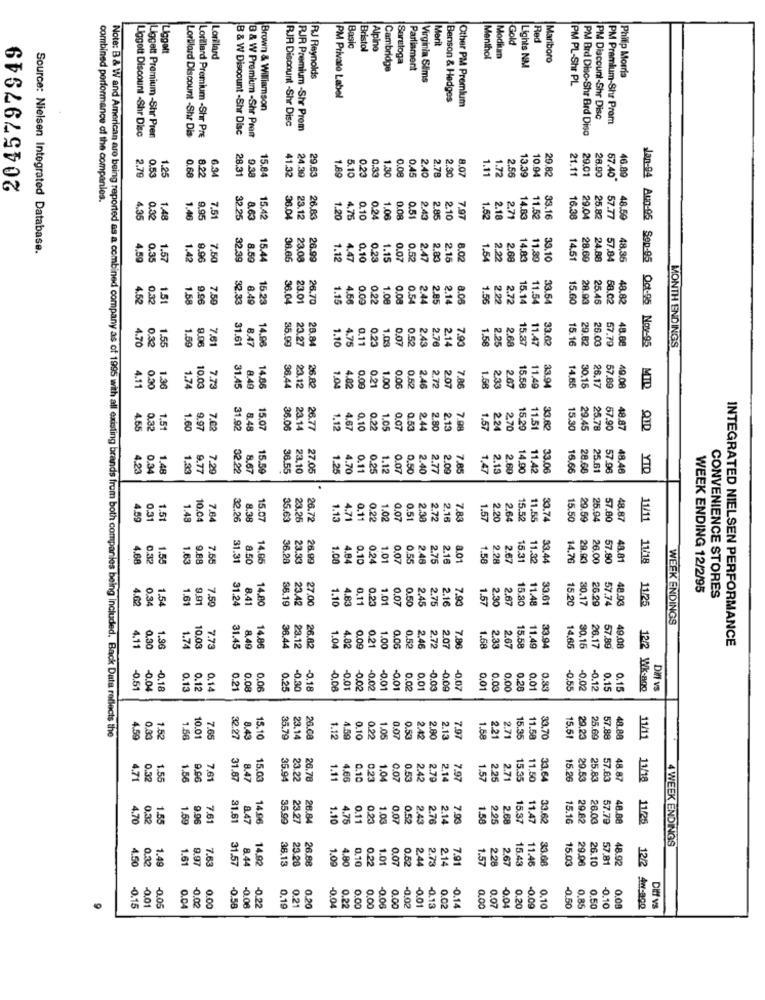
2045797949
Merit
Gold
Red
Liggett
Basic
Bristol
Alpine
Lorillard
Saratoga
Menthol
Modium
Lights NM
Mariboro
Cambridge
Parliament
Philip Morris
RJ Reynolds
Virginia Slims
PM PL-Shr PL
PM Privato Label
Benson & Hedges
Other PM Premium
Brown & Williamson
PM Discount-Shr Disc
PM Premium-Shr Prom
Liggott Discount -Shr Disc
B & W Discount -Shr Disc
B & W Premium -Shr Pren
RJR Discount -Shr Disc
RJR Premium -Shr Prom
PM Brd Disc-Shr Brd Diso
Liggett Premium -Shr Pren
Lorbilard Discount -Shr Dis
Lorillard Premium -Shr Pre
2.70
0.53
1.25
0.68
8.22
6.34
15.84
41.32
29.63
0.45
2.40
2.79
2.3
8.07
1.11
1.72
2.56
13.39
10.94
29.82
21.11
9.38
1.69
5.10
0.23
0.33
1.30
0.08
29.01
28.90
57.40
46.89
combined performance of the companies.
8.63
2.18
4.35
0.32
1.48
1.46
9,95
7,51
36.04
1.20
4.75
0.10
0.24
1.06
0.08
0.51
2.43
2.85
2.10
7.97
1.52
2.71
14.83
11.52
33.16
57.77
48.59
Source: Nielsen Integrated Database.
0.35
1.57
1.42
9.96
7.50
32.39
8.59
38.66
23.08
26.99
1.12
4.47
0.10
0.23
1.15
0.07
0.52
2.47
2.83
2.15
8.02
1.54
220
2.68
14.03
11,89
33.10
14.51
24,88
57.84
48,35
4.52
0.33
1.51
1.58
9,96
7.50
23.01
1.15
4.56
0.00
0.22
1.08
0,08
0.54
2.44
2.85
2.14
8.05
1.56
2.22
2.72
15.14
11.54
15.60
28.93
58.02
48.82
4.70
1.55
1.59
9.06
7.61
31.61
8.47
14.96
35.99
23.27
28.84
1.10
4.75
0.11
0.2.
1.03
0.07
0.52
2.43
2.76
2.14
7.90
1.58
2.25
2.68
15.37
11.47
33.62
15.16
26.03
57.79
MONTH ENDINGS
48.88
Jan-94 Aun-05 Sep-95 Oct-95 Nov-95
10.00
8.4
0.21
1.00
2.07
2.33
2.07
4.11
0.30
1.36
1.74
7.73
38.44
23.12
1.04
4.82
0.09
0.06
0.52
2.46
2.72
7.86
1.58
11.49
14.65
57.89
MID
4.55
0.32
1.5
1.60
9.97
7.02
31.92
8.48
15.07
26.77
1.12
4.67
0.10
1.05
0.07
0.53
2.44
2.80
2.13
7.98
1.57
2.24
2,70
15.20
11.51
33.82
29.45
QTD
4.23
0.34
1.48
1.34
9.77
7.29
32.22
8.67
15.59
36.55
23.10
27.05
1.25
4.70
0.11
0.29
1.1
0.07
0.50
2.40
2.77
2.00
7.85
1.47
2.13
2.60
14.90
11.42
33.06
16.66
28.68
25.61
57.96
48.46
YID
4.59
0.31
1.51
1.48
10.04
7.64
8.38
15.07
23.25
26.72
1.13
4.71
0.11
0.22
1.02
0.07
0.51
2.38
2.72
2.16
7.83
1.57
2.20
2.64
15.52
11.55
33.74
15.50
29.59
57.80
48.87
11/11
4.68
0.32
1.55
1.63
9.88
7.58
31.31
8.50
14.06
36.28
1.00
4.84
0.10
0.24
1.01
0.07
0.55
2.48
2.75
2.18
8.01
1.58
2.28
2.67
11.32
33.44
14.76
29.93
48 A
11/18
WEEK ENDING 12/2/95
4.62
0.34
1.54
1.61
9.01
7.50
8.41
36.19
1.10
4.83
0.11
0.23
1.01
0.07
0.50
2.45
7.93
1.57
2.30
2.67
15.80
11.48
33.6
30.17
26.29
57.74
48.93
11/25
CONVENIENCE STORES
23.42
2.75
2.16
WEEK ENDINGS
1.96
10.0
8,40
0.06
2.72
7.86
11.49
26.17
INTEGRATED NIELSEN PERFORMANCE
4.11
0,30
1.74
7.73
31.45
14.86
23.12
26.82
1.04
4.82
0.09
0.21
1.00
0.52
2.46
2.07
1.58
2.33
2.67
15.58
14,65
30.15
57.89
49.08
-0.3
-0.51
-0.04
-0.18
0.13
0.12
0.14
0.21
0.08
0.06
0.25
-0.18
-0,06
-0.01
-0.02
-0.02
-0.01
-0,01
0.02
0.01
-0.03
-0,09
-0.07
0,01
0.03
0,00
0.26
0.01
0.33
-0,55
-0.02
-0.12
0.15
0.1
12/2 WK-ago
Diff vs
Note: B & W and American are being reported as a combined company as of 1995 with all existing brands from both companies being included. Back Data reflects the
0.33
2.1
7.97
4.59
1.52
1.56
10.01
7.65
8.43
23.14
26.08
1.12
4.59
0.10
0.22
1.05
0.07
0.53
2.42
2.80
1.58
2.21
2.71
15.35
11.58
33.70
29,23
25.69
57.88
48.88
11/11
4.71
0.32
1.55
1.56
9.00
7.61
15.00
23.22
1.11
4.66
0.10
0.23
1.04
0.07
0.53
2.42
2.79
2.14
7.97
1.57
2.25
2.71
11.50
33.64
25.83
57.83
11/18
4.70
0.32
1.55
1.59
9.96
7.61
8.47
14.9
23.27
1.10
4.75
0.11
0.23
1.03
0.07
0.52
2.43
2.76
2.14
7.93
1.58
2.25
2.68
15.37
11.47
33.62
29.82
26.03
57.79
48 B8
11/25
4 WEEK ENDINGS
0.32
1.49
1.61
9.97
7.63
8.44
14.92
1.09
4.80
0.1
0.22
1.01
0.07
0.52
2.44
2.73
214
7.91
1.57
2.28
2.6
15.43
11.46
33.68
15.03
29.06
26.10
4.50
12/2
-0.15
-0.0
-0.02
0.21
0.20
0.22
0.00
-0.06
-0.01
-0.13
0.02
-0.14
-0.50
0.50
Diff vs
-0.01
0.04
0.00
-0.58
-0.06
-0.22
0.19
-0.04
0.00
0.00
-0,02
0.00
0.07
0.04
0.20
-0.09
0.10
-0.10
0.08